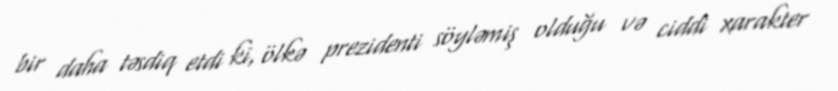
bir daha təsdiq etdi ki, ölkə prezidenti söyləmiş olduğu və ciddi xarakter